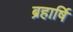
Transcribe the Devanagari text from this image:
ब्रहार्षि